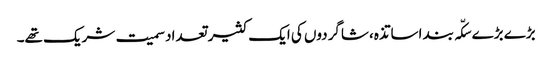
بڑے بڑے سکّہ بند اساتذہ، شاگردوں کی ایک کثیر تعداد سمیت شریک تھے۔